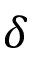
\delta